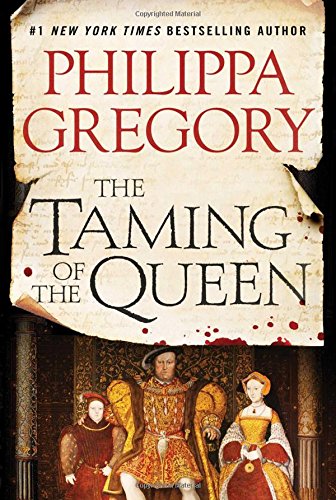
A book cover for The Taming of the Queen; Philippa Gregory; Romance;